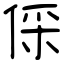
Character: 倸